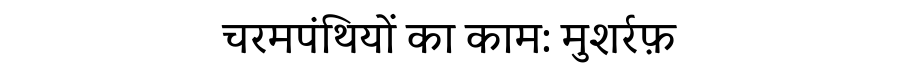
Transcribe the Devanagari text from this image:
चरमपंथियों का काम: मुशर्रफ़